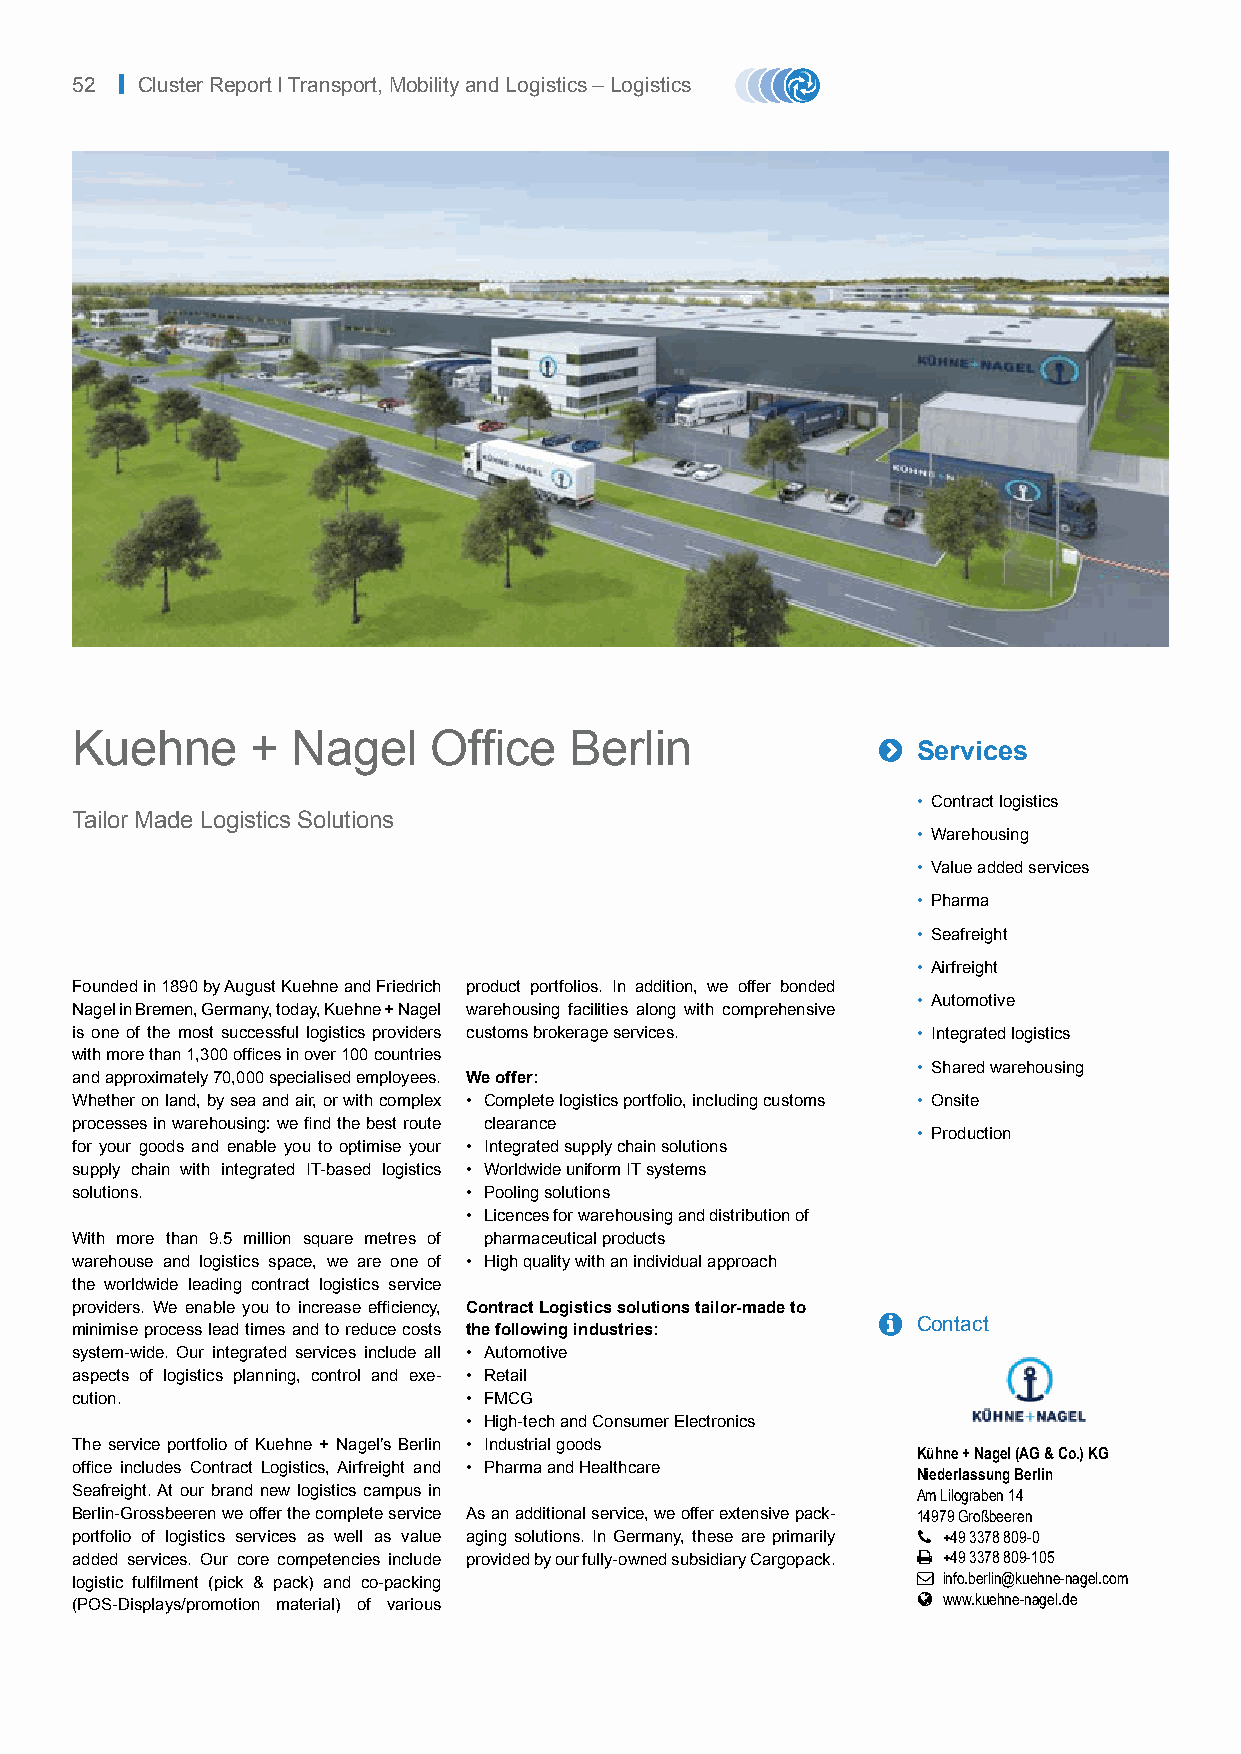
52 | Cluster Report I Transport, Mobility and Logistics – Logistics
 Kuehne      + Nagel     Office   Berlin              
 Services
 • Contract logistics
 Tailor Made Logistics Solutions
 • Warehousing
 • Value added services
 • Pharma
 • Seafreight
 • Airfreight
 Founded in 1890 by August Kuehne and Friedrich product portfolios. In addition, we offer bonded
 • Automotive
 Nagel in Bremen, Germany, today, Kuehne + Nagel warehousing facilities along with comprehensive
 is one of the most successful logistics providers customs brokerage services. • Integrated logistics
 with more than 1,300 offices in over 100 countries
 • Shared warehousing
 and approximately 70,000 specialised employees. We offer:
 Whether on land, by sea and air, or with complex • Complete logistics portfolio, including customs • Onsite
 processes in warehousing: we find the best route clearance
 • Production
 for your goods and enable you to optimise your • Integrated supply chain solutions
 supply chain with integrated IT-based logistics • Worldwide uniform IT systems
 solutions.                • Pooling solutions
 • Licences for warehousing and distribution of
 With more than 9.5 million square metres of pharmaceutical products
 warehouse and logistics space, we are one of • High quality with an individual approach
 the worldwide leading contract logistics service
 providers. We enable you to increase efficiency, Contract Logistics solutions tailor-made to
   Contact
 minimise process lead times and to reduce costs the following industries:
 system-wide. Our integrated services include all • Automotive
 aspects of logistics planning, control and exe- • Retail
 cution.                   • FMCG
 • High-tech and Consumer Electronics
 The service portfolio of Kuehne + Nagel’s Berlin • Industrial goods
 Kühne + Nagel (AG & Co.) KG
 office includes Contract Logistics, Airfreight and • Pharma and Healthcare Niederlassung Berlin
 Seafreight. At our brand new logistics campus in        Am Lilograben 14
 Berlin-Grossbeeren we offer the complete service As an additional service, we offer extensive pack- 14979 Großbeeren
 portfolio of logistics services as well as value aging solutions. In Germany, these are primarily  +49 3378 809-0
 added services. Our core competencies include provided by our fully-owned subsidiary Cargopack.  +49 3378 809-105
 logistic fulfilment (pick & pack) and co-packing         info.berlin@kuehne-nagel.com
  www.kuehne-nagel.de
 (POS-Displays/promotion material) of various